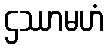
ဌဿာမဟံ